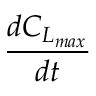
\frac { d C _ { L _ { m a x } } } { d t }